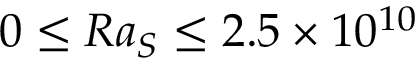
0 \le R a _ { S } \le 2 . 5 \times 1 0 ^ { 1 0 }